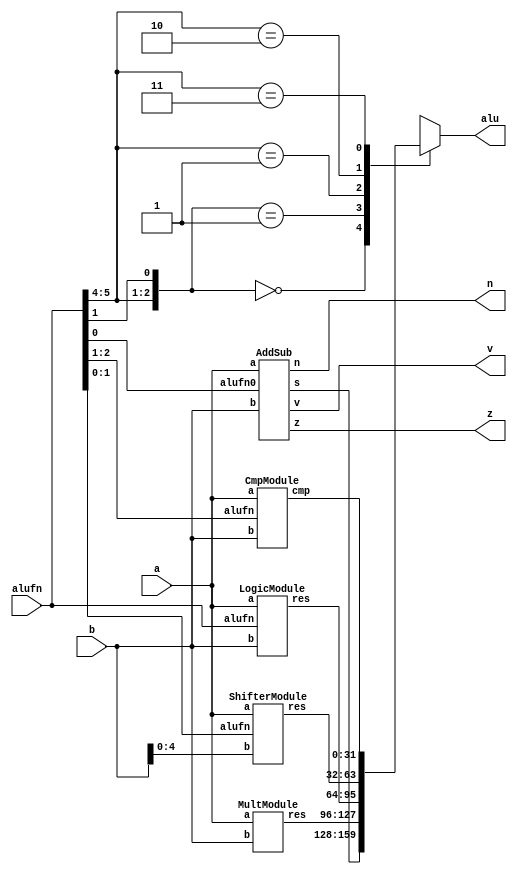
`timescale 1ns / 1ps

// ALU for processor
// 
//  +-----------+------------+------+
//  | Operation | ALUFN[5:0] | hex  |
//  +-----------+------------+------+
//  | ADD       |     000000 | 0x00 |
//  | SUB       |     000001 | 0x01 |
//  | MUL       |     000010 | 0x02 |
//  | AND       |     011000 | 0x18 |
//  | OR        |     011110 | 0x1E |
//  | XOR       |     010110 | 0x16 |
//  | A(LDR)  |     011010 | 0x1A |
//  | SHL       |     100000 | 0x20 |
//  | SHR       |     100001 | 0x21 |   *N/A*
//  | SRA       |     100011 | 0x23 |
//  | CMPEQ     |     110011 | 0x33 |
//  | CMPLT     |     110101 | 0x35 |
//  | CMPLE     |     110111 | 0x37 |
//  +-----------+------------+------+

module Alu
  (
   input wire [5:0]  alufn,
   input wire [31:0] a,
   input wire [31:0] b,

   output reg [31:0] alu,
   output wire 	     z,
   output wire 	     v,
   output wire 	     n
   );

   wire [31:0] 	     asRes, cmpRes, shftRes, boolRes, mulRes;

   AddSub as_inst_0(.alufn0(alufn[0]), .a(a), .b(b), .s(asRes), .z(z), .v(v), .n(n));
   CmpModule cmp_inst_0(.alufn(alufn[2:1]), .a(a), .b(b), .cmp(cmpRes));
   LogicModule log_inst_0(.alufn(alufn), .a(a), .b(b), .res(boolRes));
   ShifterModule shft_inst_0(.alufn(alufn[1:0]), .a(a), .b(b[4:0]), .res(shftRes));
   MultModule mult_inst_0(.a(a), .b(b), .res(mulRes));

   always @(*) begin
       #3
         casex (alufn)
           6'b00xx0x: 
             alu = asRes;
           6'b00xx1x: 
             alu = mulRes;
           6'b01xxxx: 
             alu = boolRes;
           6'b10xxxx: 
             alu = shftRes;
           6'b11xxxx: 
             alu = cmpRes;
           default:
             alu = 32'h00000000;
         endcase        
   end
endmodule

module AddSub
  (
   input wire 	      alufn0,
   input wire [31:0]  a,
   input wire [31:0]  b,

   output wire [31:0] s,
   output wire 	      z,
   output wire 	      v,
   output wire 	      n
   );

   wire [31:0] 	      xb;

   integer 	      i = 0;
   
   assign xb = b ^ {32{alufn0}};
   assign s = a + xb + alufn0;
   assign z = (s == 32'h00000000);
   assign v = (a[31] & xb[31] & (~s[31])) + ((~a[31]) & (~xb[31]) & s[31]);
   assign n = s[31]; 

endmodule

module CmpModule
  (
   input wire [2:1]  alufn,
   input wire [31:0] a,
   input wire [31:0] b,

   output reg [31:0] cmp
   );
   wire [31:0] 	     s;
   wire 	     z;
   wire 	     v;
   wire 	     n;

   AddSub add_sub_inst_0
     ( 
       .alufn0(1'b1), .a(a), .b(b), .s(s), .z(z), .v(v), .n(n)
       );

   // Calculate LSB using combination of z, v, n and alufn[2:1]
   always @(alufn, z, v, n) begin
       if (alufn[2:1] == 2'b01) begin  // A == B
           cmp = {{31{1'b0}}, {z}};
       end else if (alufn[2:1] == 2'b10) begin // A < B
          cmp = {{31{1'b0}}, {n^v}};
       end else if (alufn[2:1] == 2'b11) begin // A <= B
          cmp = {{31{1'b0}}, {z | (n ^ v)}};
       end else begin
      	  cmp = 32'h00000000;
       end
   end

endmodule

module LogicModule
  (
   input wire [5:0]  alufn,
   input wire [31:0] a,
   input wire [31:0] b,

   output reg [31:0] res
   );

   integer 	     i = 0;

   always @(alufn[3:0], a, b) begin
       for (i = 0; i < 32; i = i + 1) begin
           res[i] = alufn[{{a[i]}, {b[i]}}];
       end 
   end

endmodule

module ShifterModule
  (
   input [1:0] 	       alufn,
   input signed [31:0] a,
   input signed [4:0]  b,

   output reg [31:0]   res
   );

   always @(alufn[1:0], a, b[4:0]) begin
       case (alufn[1:0])
         2'b00: 
           res = a << b[4:0];
         2'b01: 
           res = a >> b[4:0];
         2'b10: 
           res = a;
         2'b11: 
           res = a >>> b[4:0];
       endcase // case (alufn[1:0])
   end // always @ (alufn[1:0], a, b[4:0])
   
endmodule

module MultModule 
  (
   input wire [31:0]  a,
   input wire [31:0]  b,

   output wire [31:0] res
   );

   assign res = a * b;

endmodule